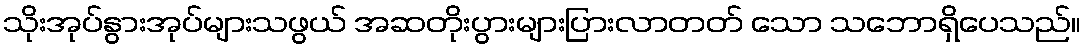
သိုးအုပ်နွားအုပ်များသဖွယ် အဆတိုးပွားများပြားလာတတ် သော သဘောရှိပေသည်။